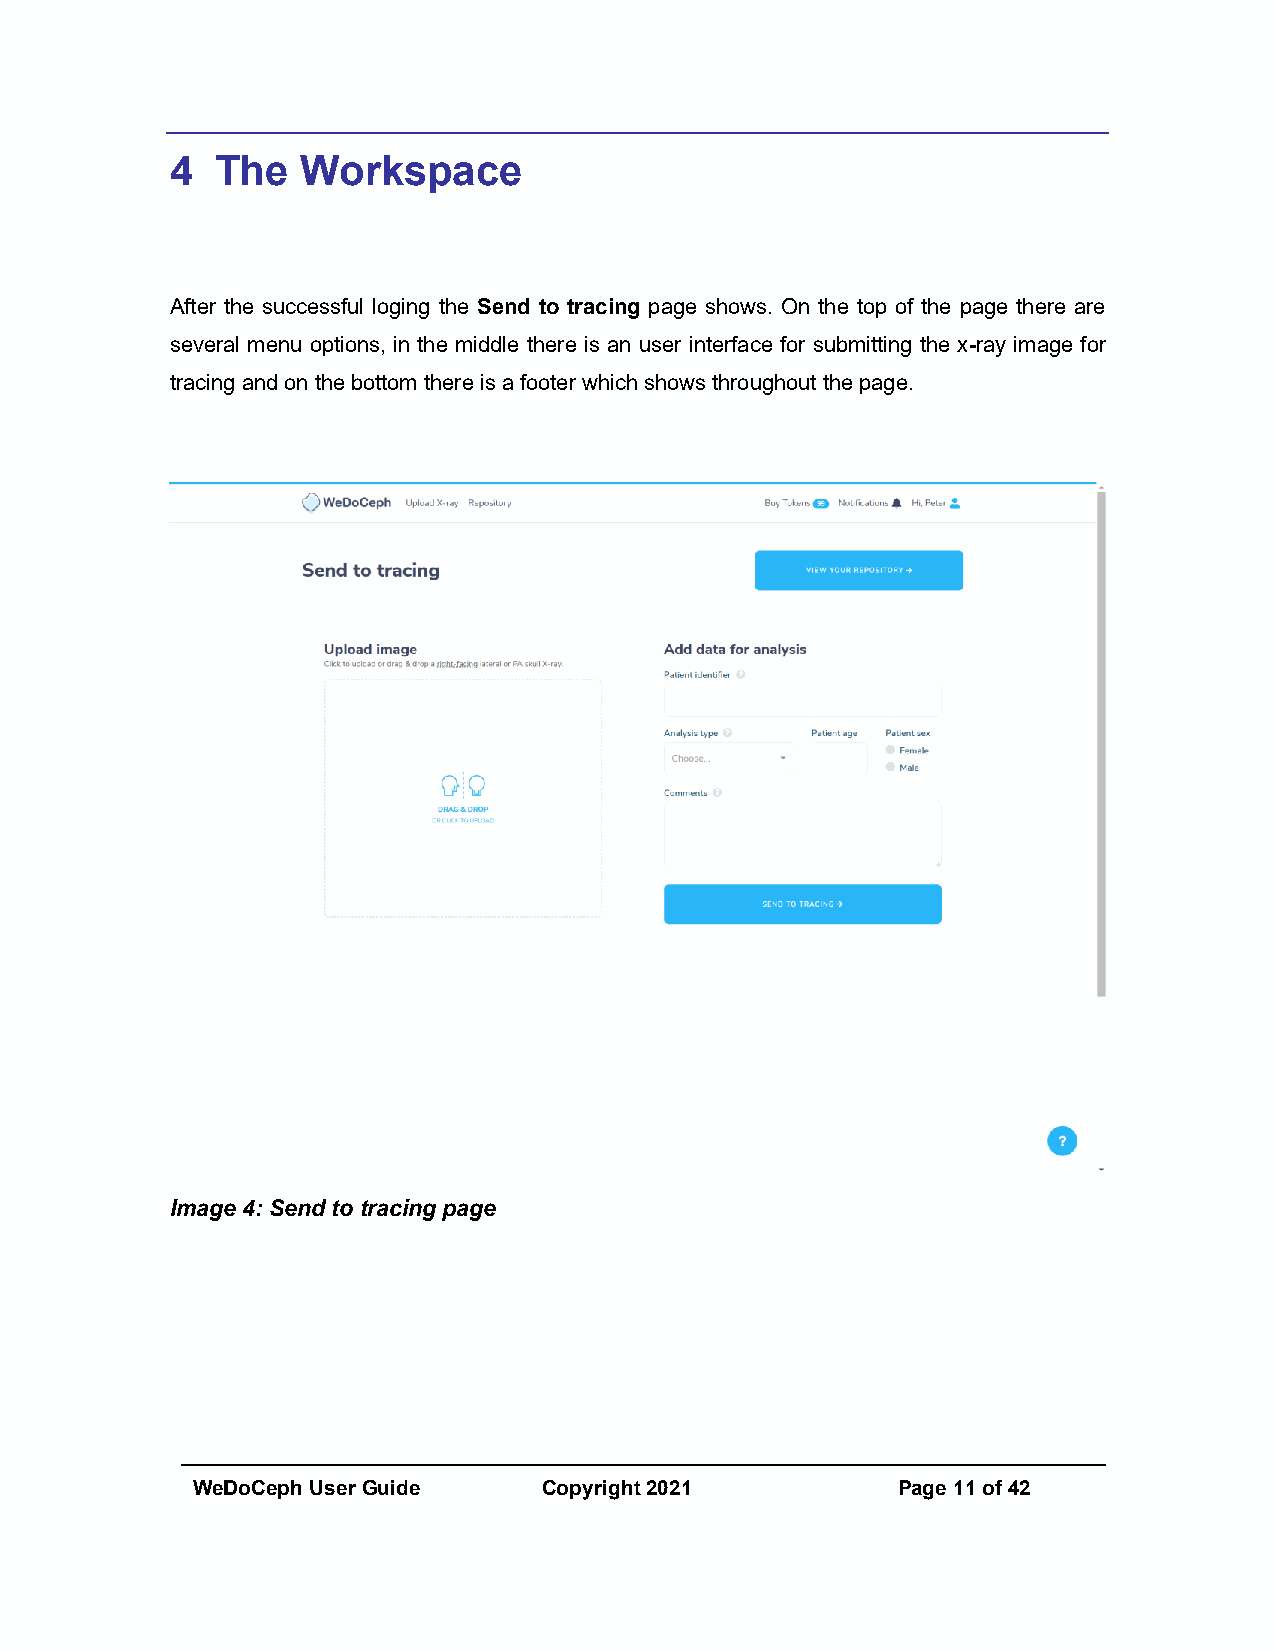
4  The   Workspace
 After the successful loging the Send to tracing page shows. On the top of the page there are
 several menu options, in the middle there is an user interface for submitting the x-ray image for
 tracing and on the bottom there is a footer which shows throughout the page.
 Image 4: Send to tracing page
 WeDoCeph User Guide    Copyright 2021         Page 11 of 42